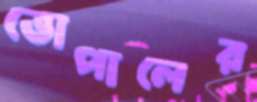
ভোপালের